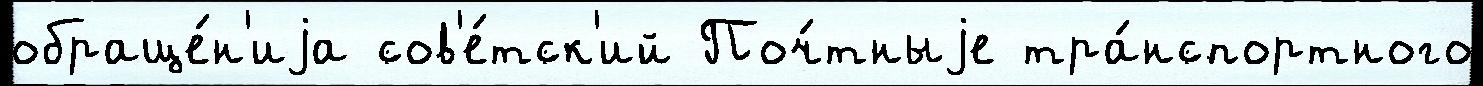
обраще́н'иjа сов'е́тск'ий Поч́тныjе тра́нспортного